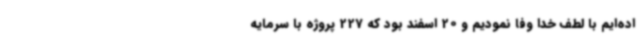
اده‌ایم با لطف خدا وفا نمودیم و 20 اسفند بود که ‌227 پروژه با سرمایه